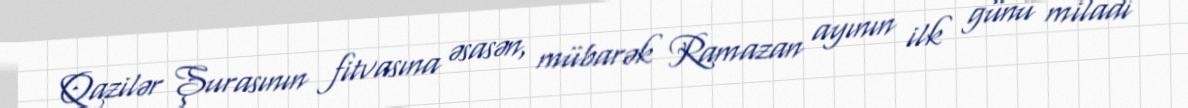
Qazilər Şurasının fitvasına əsasən, mübarək Ramazan ayının ilk günü miladi